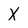
Character: X